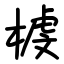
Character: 榩